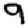
Digit: 9